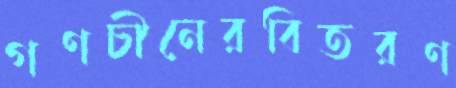
গণচীনেরবিতরণ